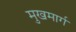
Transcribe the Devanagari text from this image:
मुखमार्ग